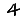
Digit: 4